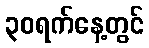
၃၀ရက်နေ့တွင်